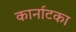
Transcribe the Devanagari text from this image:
कार्नाटका